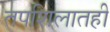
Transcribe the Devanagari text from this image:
तपशिलातही